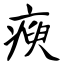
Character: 瘐